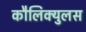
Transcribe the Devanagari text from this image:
कौलिक्युलस